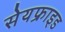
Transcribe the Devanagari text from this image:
सेयफ्राइड